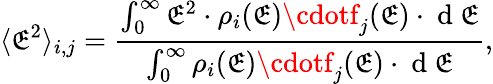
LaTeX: \langle\mathfrak{E}^{2}\rangle_{i,j}=\frac{{\int_{0}^{\infty}\mathfrak{E}^{2}\cdot\rho_{i}(\mathfrak{E})\cdotf_{j}(\mathfrak{E})\cdot\mathrm{{~d~}}\mathfrak{E}}}{{\int_{0}^{\infty}\rho_{i}(\mathfrak{E})\cdotf_{j}(\mathfrak{E})\cdot\mathrm{{~d~}}\mathfrak{E}}},